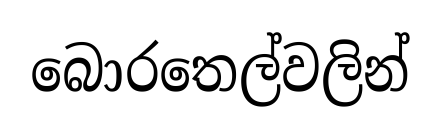
බොරතෙල්වලින්